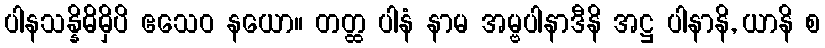
ပါနသန္နိဓိမှိပိ ဧသေဝ နယော။ တတ္ထ ပါနံ နာမ အမ္ဗပါနာဒီနိ အဋ္ဌ ပါနာနိ, ယာနိ စ